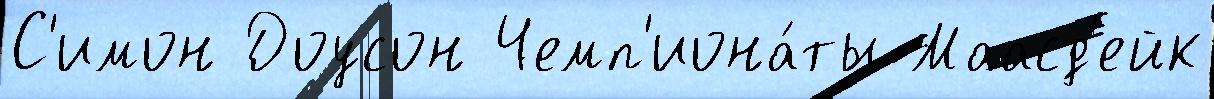
С'имон Доусон Чемп'иона́ты Маасд'ейк